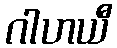
ဂါဟယီ